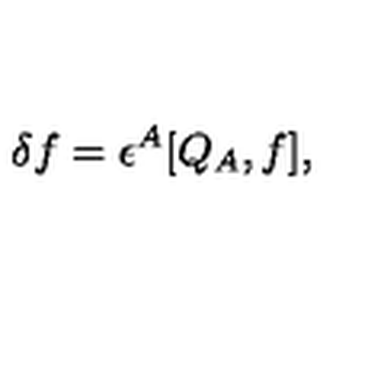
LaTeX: \delta f = \epsilon ^ { A } [ Q _ { A } , f ] ,